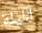
الليلة